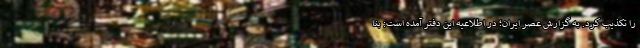
را تکذیب کرد. به گزارش عصر ایران؛ در اطلاعیه این دفتر آمده است: بنا